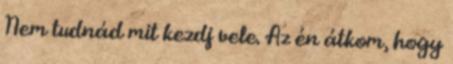
Nem tudnád mit kezdj vele. Az én átkom, hogy